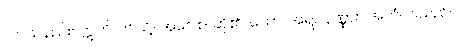
လာသနည်း။ ဣတိ၊ ဤသို့။ အဝေါစ၊ ဆို၏။ ဘော၊ အရှင်ပုဏ္ဏား။ အဟံ၊ ငါသည်။